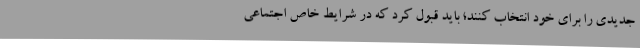
جدیدی را برای خود انتخاب کنند؛ باید قبول کرد که در شرایط خاص اجتماعی